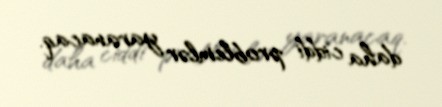
daha ciddi problemlər yaranacaq.